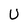
Character: U